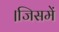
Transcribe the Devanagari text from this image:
।जिसमें